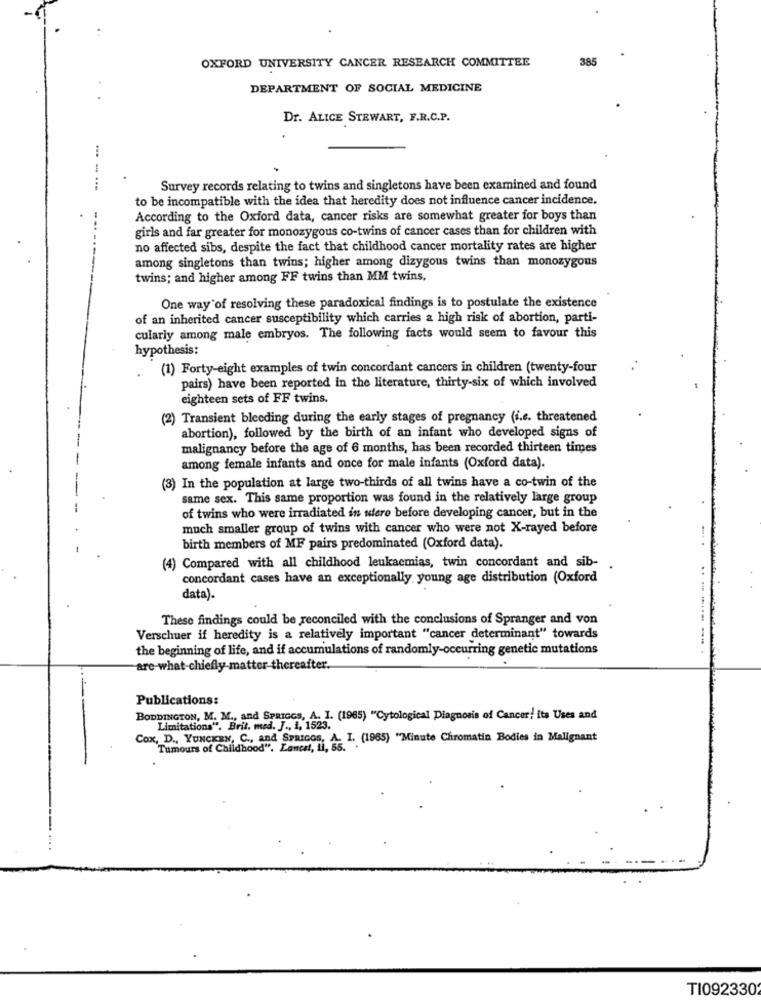
OXFORD UNIVERSITY CANCER RESEARCH COMMITTEE
385
DEPARTMENT OF SOCIAL MEDICINE
Dr. ALICE STEWART, F.R.C.P.
----
Survey records relating to twins and singletons have been examined and found
to be incompatible with the idea that heredity does not influence cancer incidence.
According to the Oxford data, cancer risks are somewhat greater for boys than
girls and far greater for monozygous co-twins of cancer cases than for children with
no affected sibs, despite the fact that childhood cancer mortality rates are higher
among singletons than twins; higher among dizygous twins than monozygous
twins; and higher among FF twins than MM twins,
One way of resolving these paradoxical findings is to postulate the existence
of an inherited cancer susceptibility which carries a high risk of abortion, parti-
cularly among male embryos. The following facts would seem to favour this
hypothesis:
(1) Forty-eight examples of twin concordant cancers in children (twenty-four
.
pairs) have been reported in the literature, thirty-six of which involved
eighteen sets of FF twins.
(2) Transient bleeding during the early stages of pregnancy (i.e. threatened
abortion), followed by the birth of an infant who developed signs of
malignancy before the age of 6 months, has been recorded thirteen times
among female infants and once for male infants (Oxford data).
(3) In the population at large two-thirds of all twins have a co-twin of the
same sex. This same proportion was found in the relatively large group
of twins who were irradiated in utero before developing cancer, but in the
much smaller group of twins with cancer who were not X-rayed before
birth members of MF pairs predominated (Oxford data).
(4) Compared with all childhood leukaemias, twin concordant and sib-
concordant cases have an exceptionally young age distribution (Oxford
data).
These findings could be reconciled with the conclusions of Spranger and von
Verschuer if heredity is a relatively important "cancer determinant" towards
the beginning of life, and if accumulations of randomly-occurring genetic mutations
are what-chiefly-matter-thereafter.
Publications:
BODDINGTON, M. M ., and SPRIGCS, A. I. (1965) "Cytological Diagnosis of Cancer! ita Uses and
Limitations". Brit. med. J ., 1, 1523.
Cox, D ., YUNCKEN, C ., and SPRICOS, A.
Tumours of Childhood". Lancet, ni, ss, L .. (1965) "Minute Chromatin Bodies in Malignant
TI092330